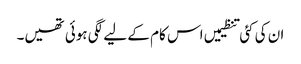
ان کی کئی تنظیمیں اس کام کے لیے لگی ہوئی تھیں۔